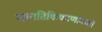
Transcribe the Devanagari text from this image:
जागतिकिकरणामधले